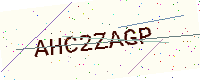
Text: AHC2ZAGP